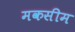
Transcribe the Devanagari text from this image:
मकसीम